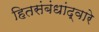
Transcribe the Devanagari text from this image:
हितसंबंधांद्वारे